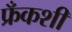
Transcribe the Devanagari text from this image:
फ्रँकशी